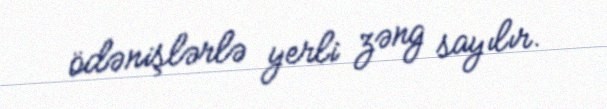
ödənişlərlə yerli zəng sayılır.